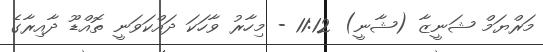
މަރްޔަމް ޝަނީޒާ (ޝާނީ) 11:12 - މިހާރު ވާހަކަ ދައްކަވަނީ ތޮއްޑޫ ދާއިރާގެ